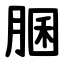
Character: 䐃